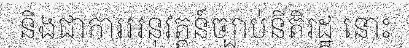
និងជាការអនុវត្តន៍ច្បាប់នីតិរដ្ឋ នោះ